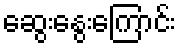
ဆွေးနွေးကြောင်း